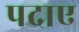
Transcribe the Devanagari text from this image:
पदाए